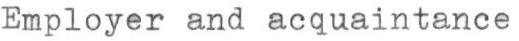
Employer and acquaintance